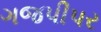
ગજપીપર